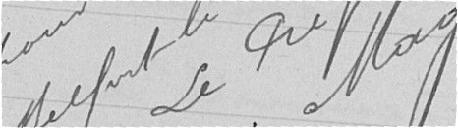
Vu pour récépissé et approuvé Belfort le 8 Novembre 1918 Le Préfet  Signé  Mougel